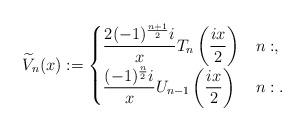
LaTeX: \begin{align*}\widetilde{V}_n(x) := \begin{cases}\displaystyle{\frac{2(-1)^{\frac{n+1}{2}} i}{x} T_n \left(\frac{ix}{2}\right)} & n: ,\\\displaystyle{\frac{(-1)^{\frac{n}{2}} i}{x} U_{n-1} \left(\frac{ix}{2}\right)} & n: .\end{cases}\end{align*}